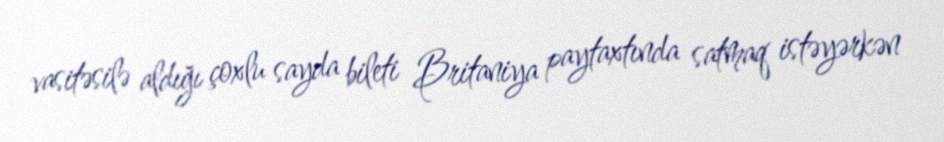
vasitəsilə aldığı çoxlu sayda bileti Britaniya paytaxtında satmaq istəyərkən